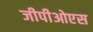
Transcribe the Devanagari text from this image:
जीपीओएस